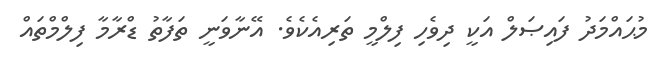
މުޙައްމަދު ފައިޞަލް އަކީ ދިވެހި ފިލްމީ ތަރިއެކެވެ. އޭނާވަނީ ތަފާތު ޑްރާމާ ފިލްމްތައް